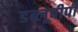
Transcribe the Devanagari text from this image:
डब्लूबीपी